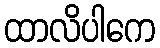
ထာလိပါကေ